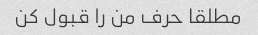
مطلقا حرف من را قبول کن